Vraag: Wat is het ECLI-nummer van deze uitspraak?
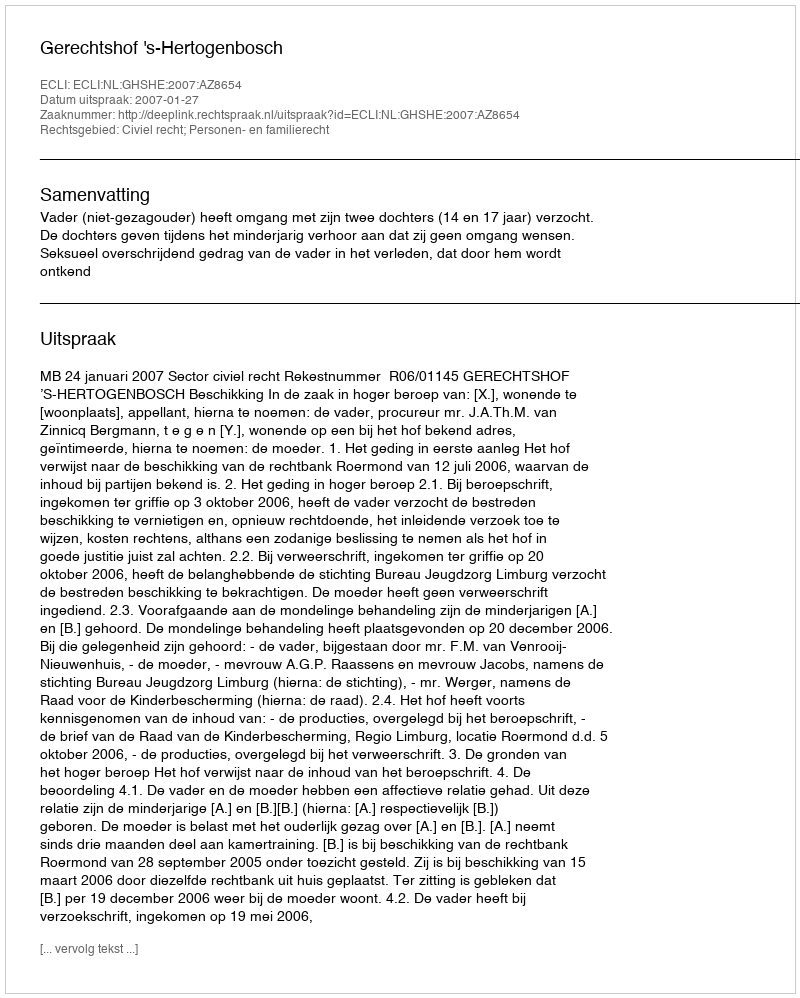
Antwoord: ECLI:NL:GHSHE:2007:AZ8654